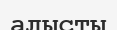
алысты